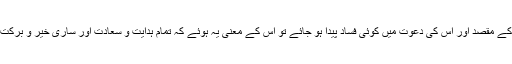
اس کے انتظام و انصرام، اس کے مقصد اور اس کی دعوت میں کوئی فساد پیدا ہو جائے تو اس کے معنی یہ ہوئے کہ تمام ہدایت و سعادت اور ساری خیر و برکت کا مرکز ہی درہم برہم ہو گیا۔